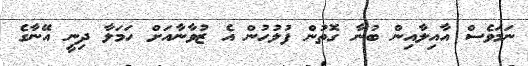
ނަމަވެސް އާއިލާއިން ބުނާ ގޮތުން ފުލުހުން އެ ޒުވާނާއަށް ހަމަލާ ދިނީ އޭނާގެ